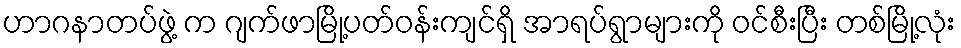
ဟာဂနာတပ်ဖွဲ့ က ဂျက်ဖာမြို့ပတ်ဝန်းကျင်ရှိ အာရပ်ရွာများကို ဝင်စီးပြီး တစ်မြို့လုံး